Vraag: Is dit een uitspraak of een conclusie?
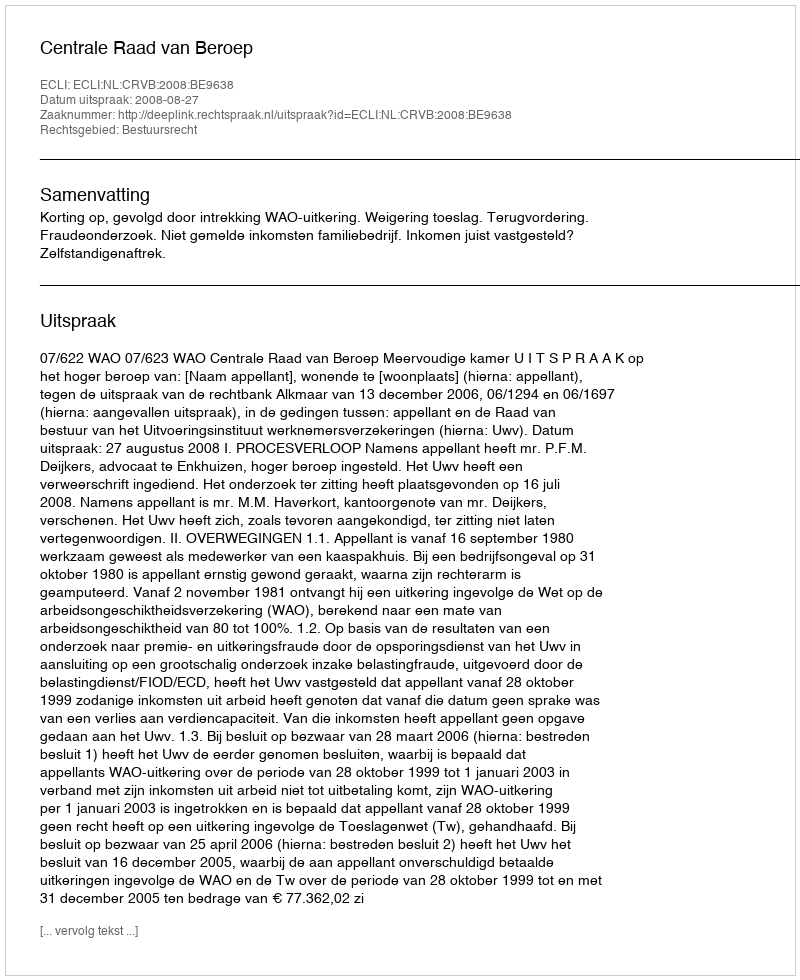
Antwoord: Uitspraak